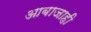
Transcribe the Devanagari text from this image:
आबाजाही